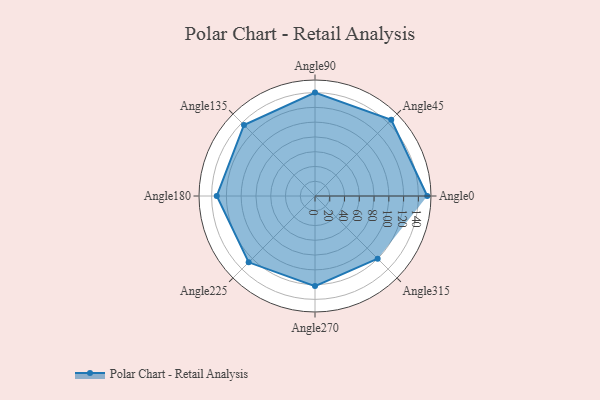
{"axis": {"x": "Angle", "y": "Radius"}, "legend": [""], "data": [{"x": "Angle0", "y": 152.0, "type": ""}, {"x": "Angle45", "y": 146.0, "type": ""}, {"x": "Angle90", "y": 140.0, "type": ""}, {"x": "Angle135", "y": 136.0, "type": ""}, {"x": "Angle180", "y": 133.0, "type": ""}, {"x": "Angle225", "y": 127.0, "type": ""}, {"x": "Angle270", "y": 122.0, "type": ""}, {"x": "Angle315", "y": 120.0, "type": ""}]}